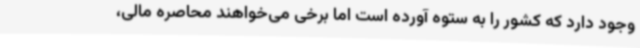
وجود دارد که کشور را به ستوه آورده است اما برخی می‌خواهند محاصره مالی،